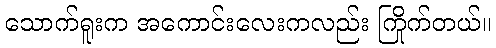
သောက်ရူးက အကောင်းလေးကလည်း ကြိုက်တယ်။